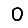
Digit: 0